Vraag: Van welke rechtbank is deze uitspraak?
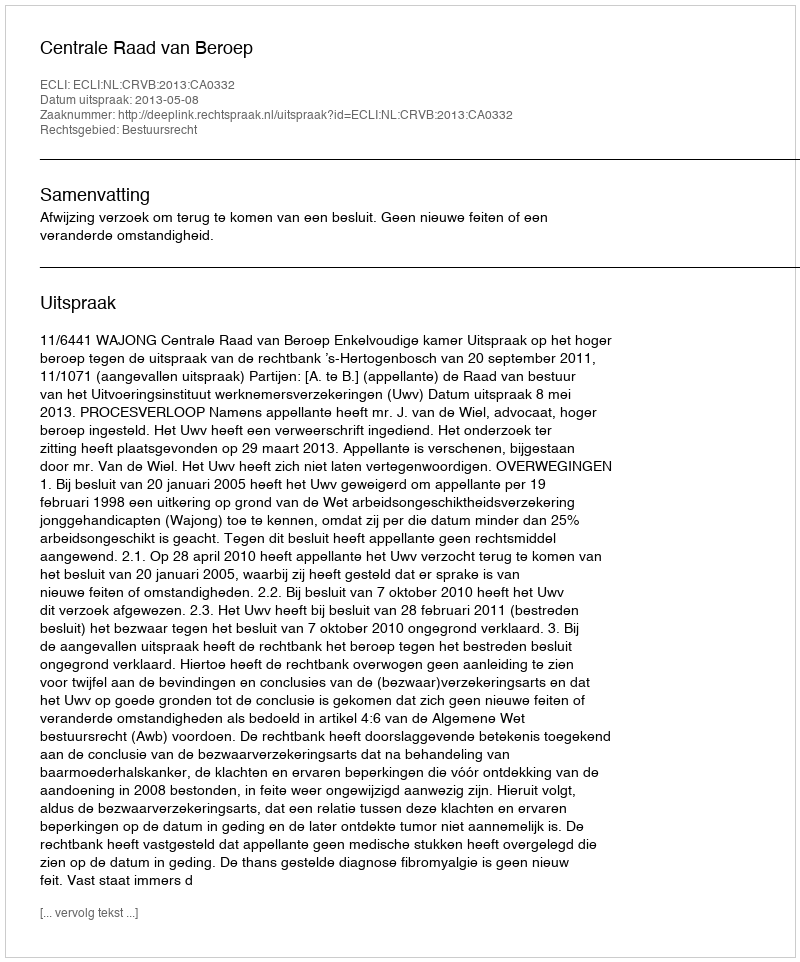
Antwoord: Centrale Raad van Beroep